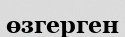
өзгерген